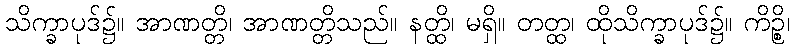
သိက္ခာပုဒ်၌။ အာဏတ္တိ၊ အာဏတ္တိသည်။ နတ္ထိ၊ မရှိ။ တတ္ထ၊ ထိုသိက္ခာပုဒ်၌။ ကိဉ္စိ၊